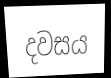
දවසය